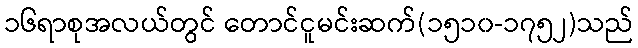
၁၆ရာစုအလယ်တွင် တောင်ငူမင်းဆက်(၁၅၁၀-၁၇၅၂)သည်